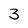
Character: 3